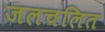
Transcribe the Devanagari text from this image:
जलचलित